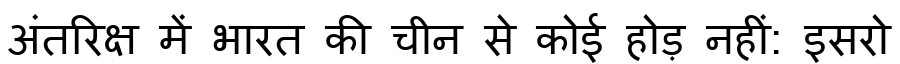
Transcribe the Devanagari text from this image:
अंतरिक्ष में भारत की चीन से कोई होड़ नहीं: इसरो